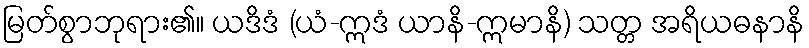
မြတ်စွာဘုရား၏။ ယဒိဒံ (ယံ-ဣဒံ ယာနိ-ဣမာနိ) သတ္တ အရိယဓနာနိ